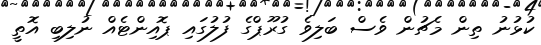
ކުޅުނު ތިން މެޗުން ވެސް ބަލިވެ ގުރޫޕްގެ ފުލުގައި ޕޮއިންޓެއް ނުލިބި އޮތީ